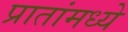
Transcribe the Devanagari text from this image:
प्रातांमध्ये